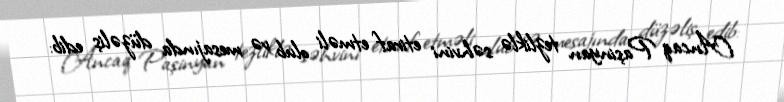
Ancaq Paşinyan tezliklə səhvini etiraf etməli olub və mesajında düzəliş edib: